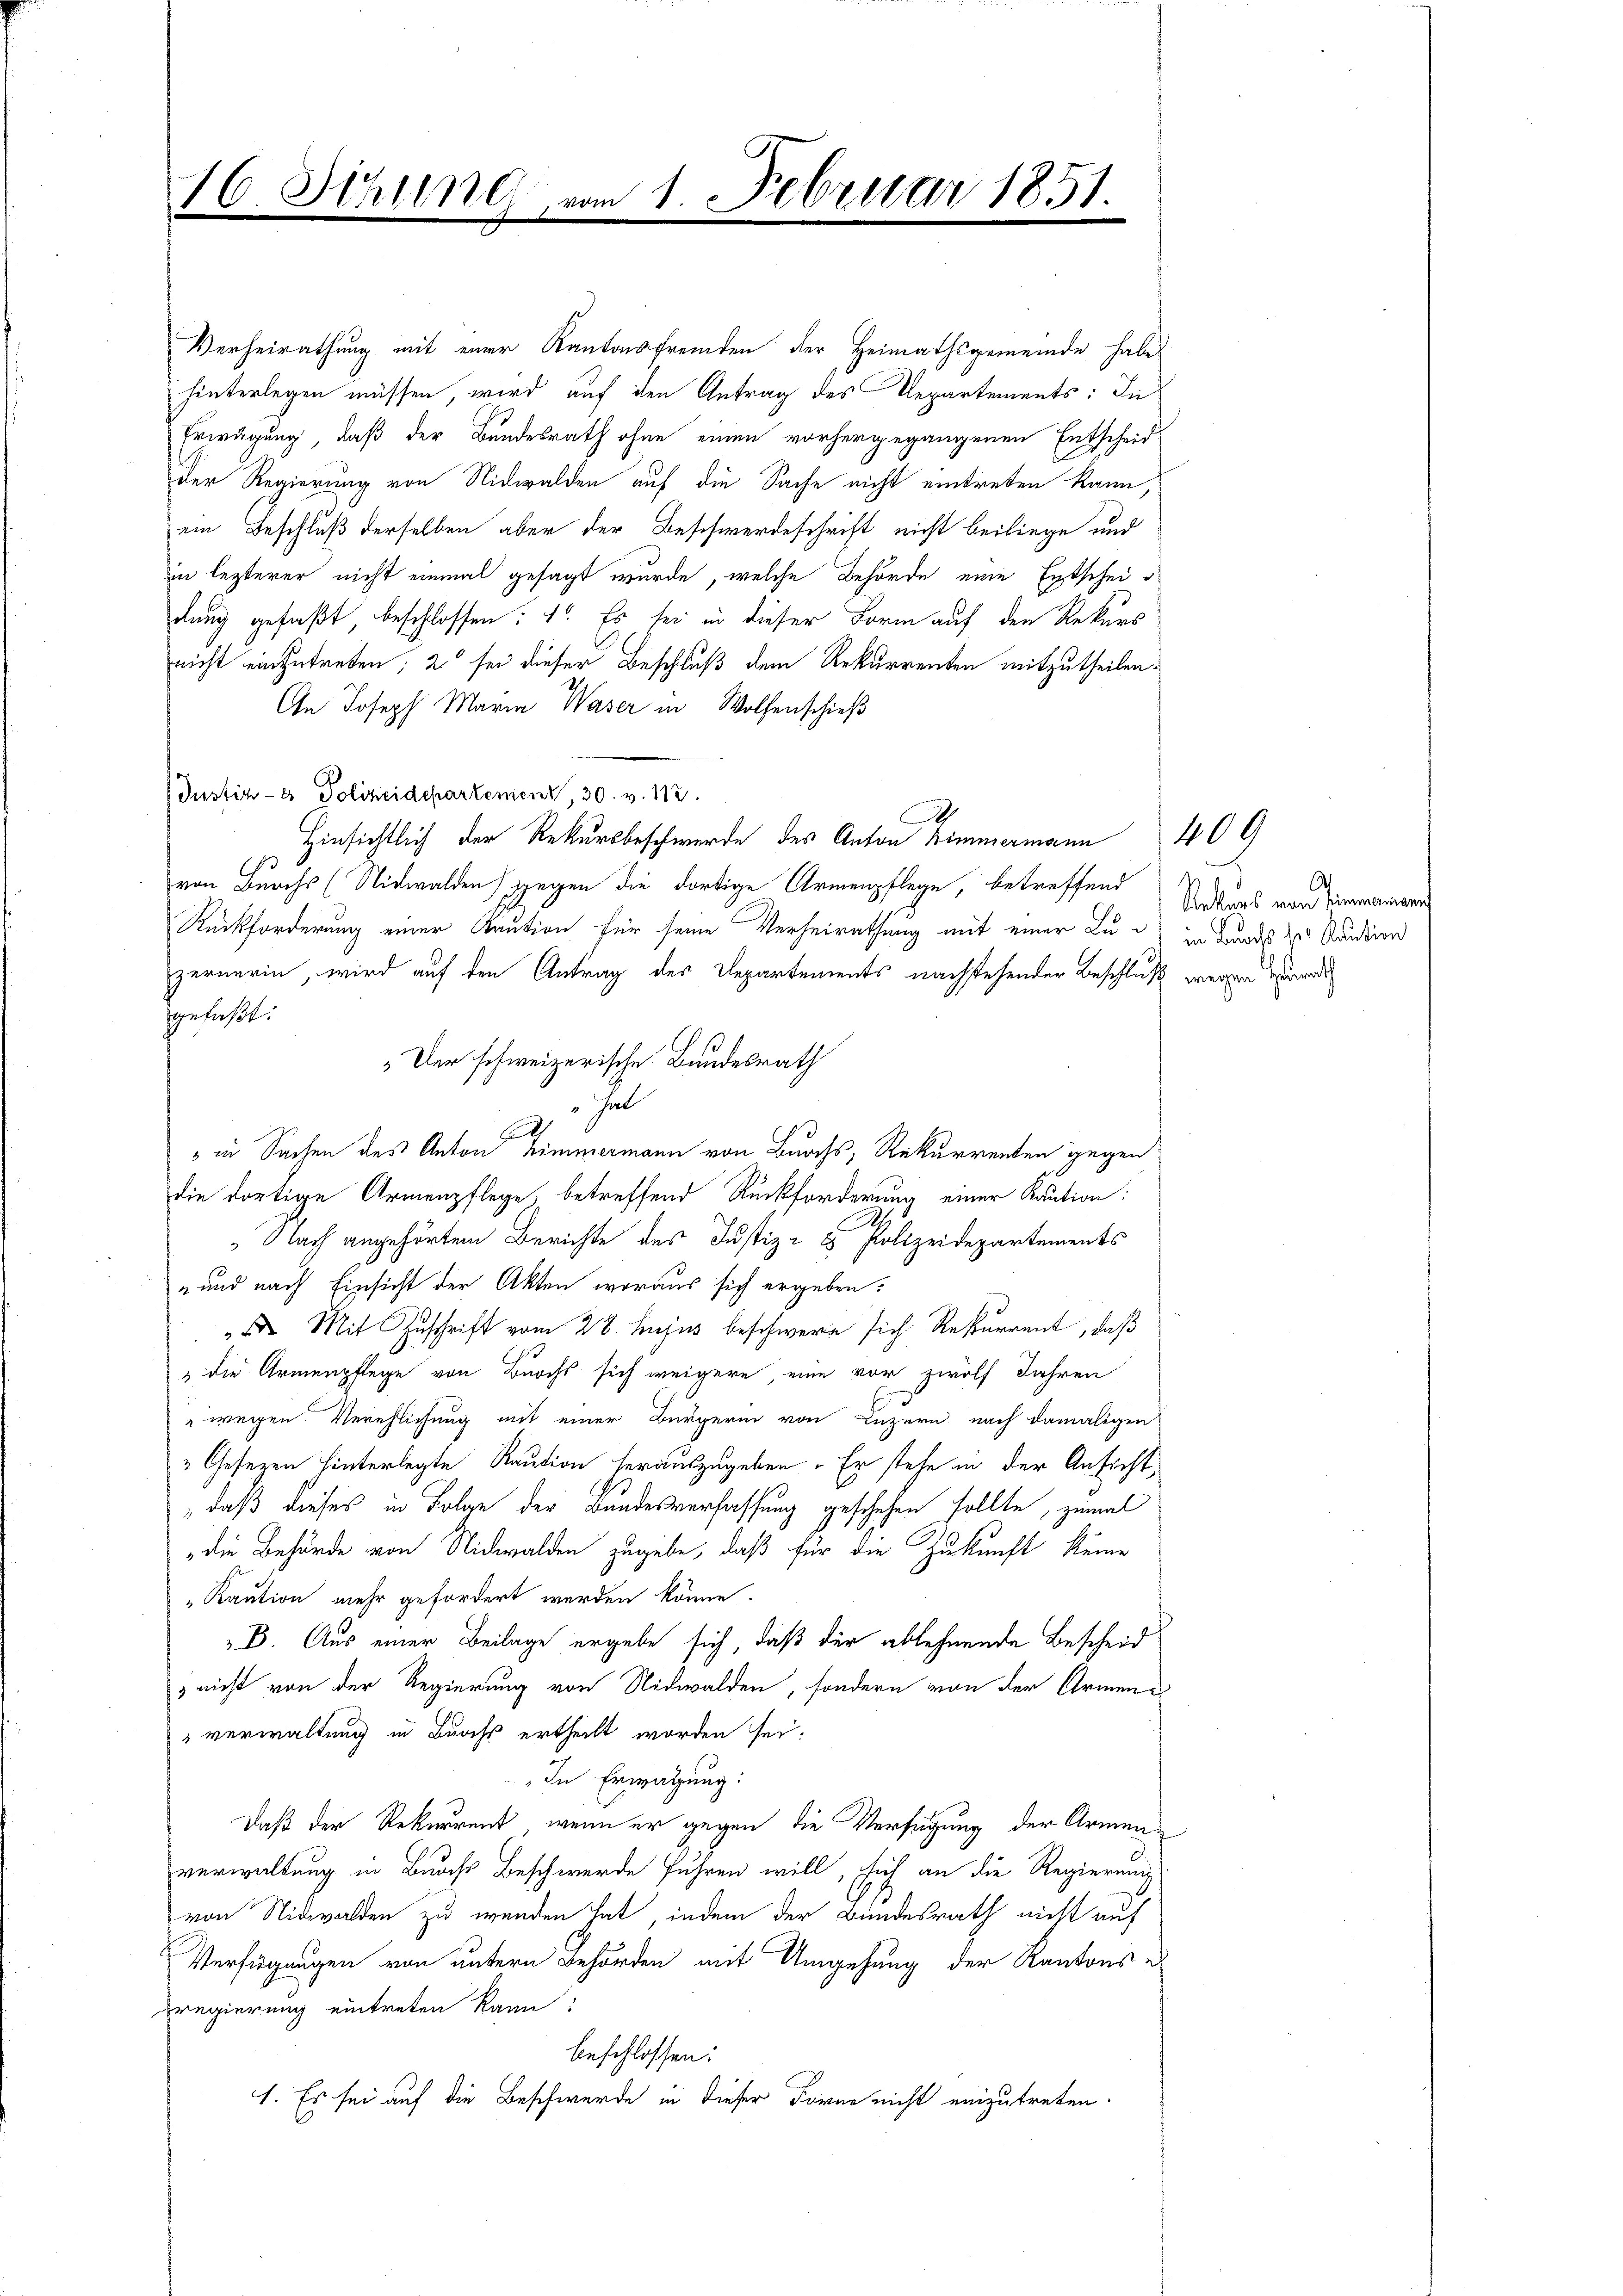
16 Sihl vom 1. Februar 1851.
.
.

Der schweizerische Bundesrath

Verheirathung mit einer Kantonsfremden der Heimathsgemeinde habe
hinterlegen müssen, wird auf den Antrag des Departements: In
Erwägung, daß der Bundesrath ohne einen vorhergegangenen Entscheid
der Regierung von Nidwalden auf die Sache nicht eintreten kann,
ein Beschluß derselben aber der Beschwerdeschrift nicht beiliege und
in lezterer nicht einmal gesagt wurde, welche Behörde eine Entscheidung gefaßt, beschlossen: 1. Es sei in dieser Form auf den Rekurs
nicht einzutreten; 2 sei dieser Beschluß dem Rekurrenten mitzutheilen.
An Joseph Maria Waser in Wolfenschieß
Justiz- & Polizeidepartement, 30. v. 182.
.
Hinsichtlich der Rekursbeschwerde des Anton Zimmermann
von Burchs (Nidwalden) gegen die dortige Armenpflege, betreffend
Rückforderung einer Kaution für seine Verheirathung mit einer Lu- in Bundes zu Kaution
zernerin, wird auf den Antrag des Departements nachstehender Beschluß wegen und
gefaßt:
Fal
l
" in Sachen des Anton Zimmermann von Buchs, Rekurrenten gegen
die dortige Armenpflege, betreffend Rückforderung einer Kaution:
Nach angehörtem Berichte des Justiz- & Polizeidepartements
n und nach Einsicht der Akten woraus sich ergeben:
". Mit Zuschrift vom 28. hujus beschwere sich Rekurrent, daß
" die Armenpflege von Buochs sich weigere, eine vor zwölf Jahren
"wegen Verehlichung mit einer Bürgerin von Luzern nach damaligen
"Gesezen hinterlegte Raution herauszugeben. Er stehe in der Ansicht,
daß dieses in Folge der Bundesverfassung geschehen sollte, zumal
die Behörde von Nidwalden zugebe, daß für die Zukunft keine
"Kaution mehr gefordert werden könne.
B. Aus einer Beilage ergebe sich, daß der ablehnende Bescheid
 nicht von der Regierung von Nidwalden, sondern von der Armenverwaltung in Buchs ertheilt worden sei.
In Erwägung:
Daß der Rekurrent, wenn er gegen die Verfügung der Armenverwaltung in Buchs Beschwerde fuhren will, sich an die Regierung
von Nidwalden zu werden hat, indem der Bundesrath nicht auf
Verfügungen von untern Behörden mit Umgehung der Kantons e
sregierung eintreten kann?
beschlossen:
1. Es sei auf die Beschwerde in dieser Forne nicht einzutreten.

Rekurs von Einmanne

1409